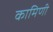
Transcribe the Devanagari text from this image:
कामिणी